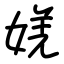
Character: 㛨